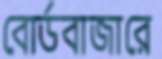
বোর্ডবাজারে